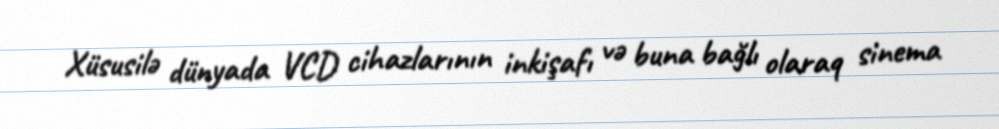
Xüsusilə dünyada VCD cihazlarının inkişafı və buna bağlı olaraq sinema